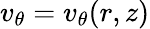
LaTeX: v_{\theta}=v_{\theta}(r,z)